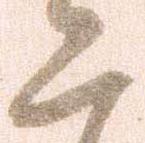
二